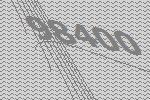
98400